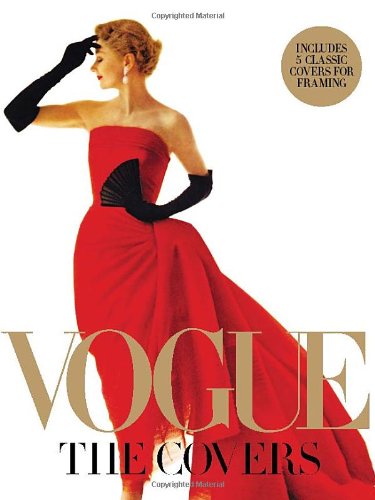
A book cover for Vogue: The Covers; Dodie Kazanjian; Humor & Entertainment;